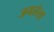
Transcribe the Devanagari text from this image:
जगलेला